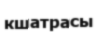
кшатрасы